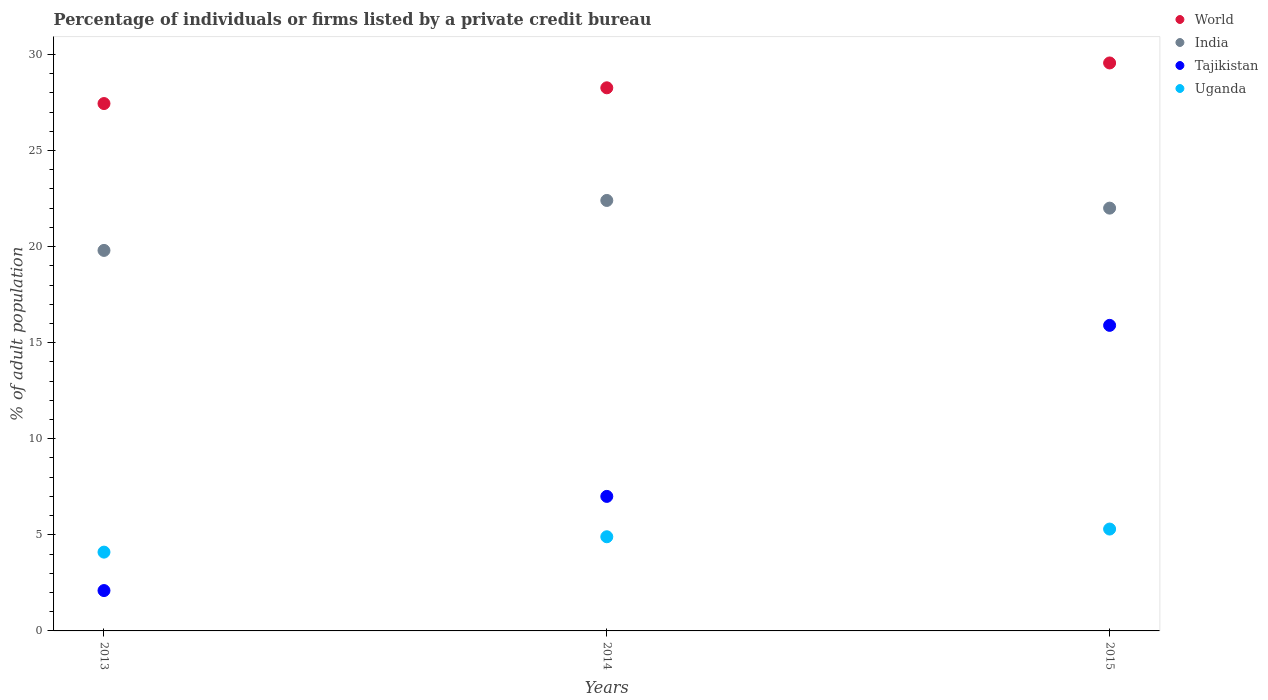
| Years | World | India | Tajikistan | Uganda |
 | --- | --- | --- | --- | --- |
 | 2013 | 27.4 | 19.8 | 2.1 | 4.1 |
 | 2014 | 28.3 | 22.4 | 7 | 4.9 |
 | 2015 | 29.6 | 22 | 15.9 | 5.3 |